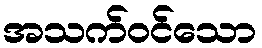
အသက်ဝင်သော